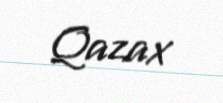
Qazax